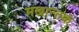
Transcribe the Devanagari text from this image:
मखान्तकं